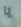
يا